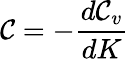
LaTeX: \mathcal{C}=-{\frac{{d\mathcal{C}_{v}}}{{dK}}}